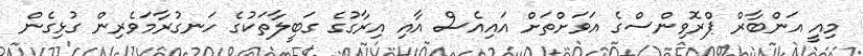
މިއީ އަންބާރް ޕްރޮވިންސްގެ އަވަށްތަށް އައިއެސް އާއި އިރާގުގެ ގަބީލާތަކުގެ ހަނގުރާމަވެރިން ގުޅިގެން